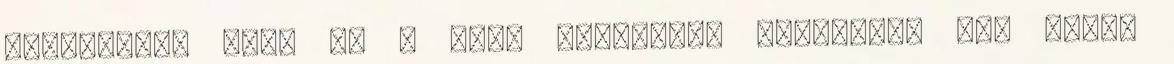
ellenében. Majd ha a napi politikai események nem olyan